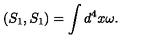
\left( S _ { 1 } , S _ { 1 } \right) = \int d ^ { 4 } x \omega .